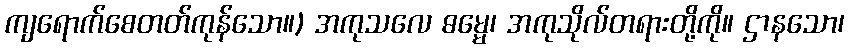
ကျရောက်စေတတ်ကုန်သော။) အကုသလေ ဓမ္မေ၊ အကုသိုလ်တရားတို့ကို။ ဌာနသော၊